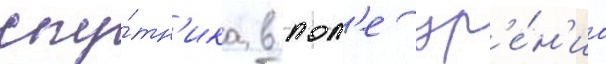
спу́тн'ика в пол'е зр'е́н'иа